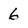
Character: 6